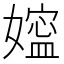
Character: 𰌖